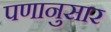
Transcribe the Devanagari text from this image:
पणानुसार